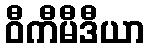
ဝီကီမီဒီယာ